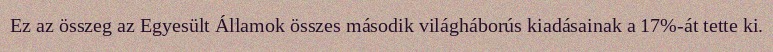
Ez az összeg az Egyesült Államok összes második világháborús kiadásainak a 17%-át tette ki.